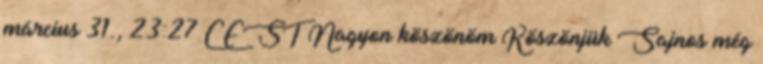
március 31., 23:27 CEST Nagyon köszönöm Köszönjük Sajnos még